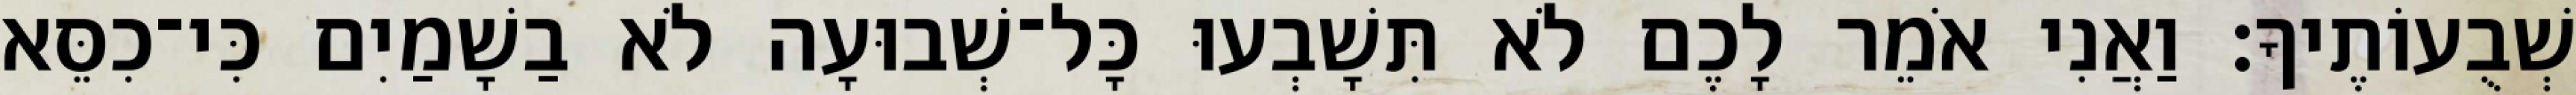
שְׁבֻעוֹתֶיךָ׃ וַאֲנִי אֹמֵר לָכֶם לֹא תִּשָׁבְעוּ כָּל־שְׁבוּעָה לֹא בַשָׁמַיִם כִּי־כִסֵּא